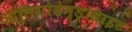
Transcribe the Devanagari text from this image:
ओलिगोडेन्ड्रोसाइट